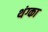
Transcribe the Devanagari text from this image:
थंग्का